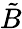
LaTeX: \tilde{B}